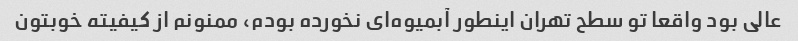
عالی بود واقعا تو سطح تهران اینطور آبمیوه‌ای نخورده بودم، ممنونم از کیفیته خوبتون